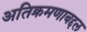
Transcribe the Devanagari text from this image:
अतिक्रमणाबद्दल